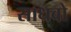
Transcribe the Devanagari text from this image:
साधवो